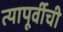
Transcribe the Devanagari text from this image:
त्यापूर्वीची